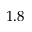
1 . 8